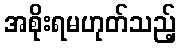
အစိုးရမဟုတ်သည့်